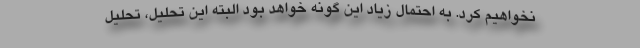
نخواهیم کرد. به احتمال زیاد این گونه خواهد بود البته این تحلیل، تحلیل